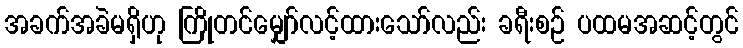
အခက်အခဲမရှိဟု ကြိုတင်မျှော်လင့်ထားသော်လည်း ခရီးစဉ် ပထမအဆင့်တွင်